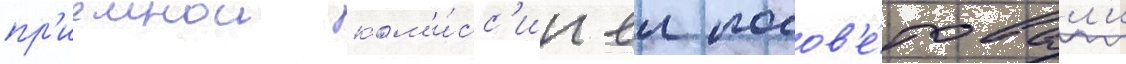
пр'иемнои ком'и́сс'ии еи посов'е́товал'и